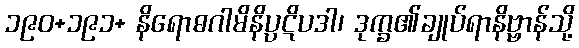
၁၉၀+၁၉၁+ နိရောဓဂါမိနိပ္ပဋိပဒါ၊ ဒုက္ခ၏ချုပ်ရာနိဗ္ဗာန်သို့